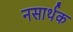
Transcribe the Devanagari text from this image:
नसार्थक